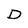
Character: D